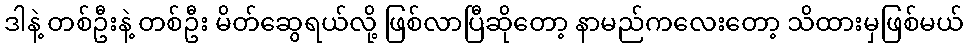
ဒါနဲ့ တစ်ဦးနဲ့ တစ်ဦး မိတ်ဆွေရယ်လို့ ဖြစ်လာပြီဆိုတော့ နာမည်ကလေးတော့ သိထားမှဖြစ်မယ်